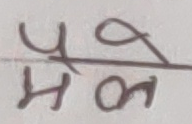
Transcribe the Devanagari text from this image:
पये
मेळ